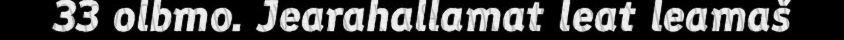
33 olbmo. Jearahallamat leat leamaš